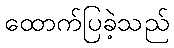
ထောက်ပြခဲ့သည်